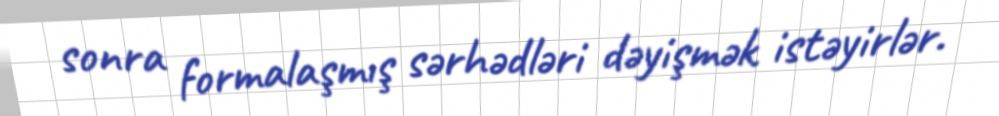
sonra formalaşmış sərhədləri dəyişmək istəyirlər.